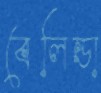
বেলিন্ডা